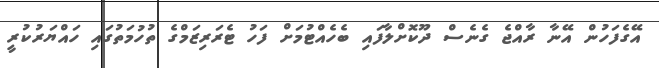
އޭގެފަހުން އޭނާ ރާއްޖެ ގެނެސް ދޫކޮށްލާފައި ބެހެއްޓުމަށް ފަހު ޓެރަރިޒަމްގެ ތުހުމަތުގައި ހައްޔަރުކުރީ